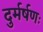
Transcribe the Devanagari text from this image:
दुर्मर्षणः